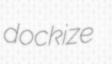
dockize